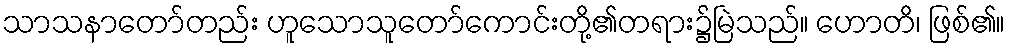
သာသနာတော်တည်း ဟူသောသူတော်ကောင်းတို့၏တရား၌မြဲသည်။ ဟောတိ၊ ဖြစ်၏။